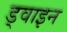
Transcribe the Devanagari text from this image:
ड्वाइन